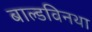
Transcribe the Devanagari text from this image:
बाल्डविनथा